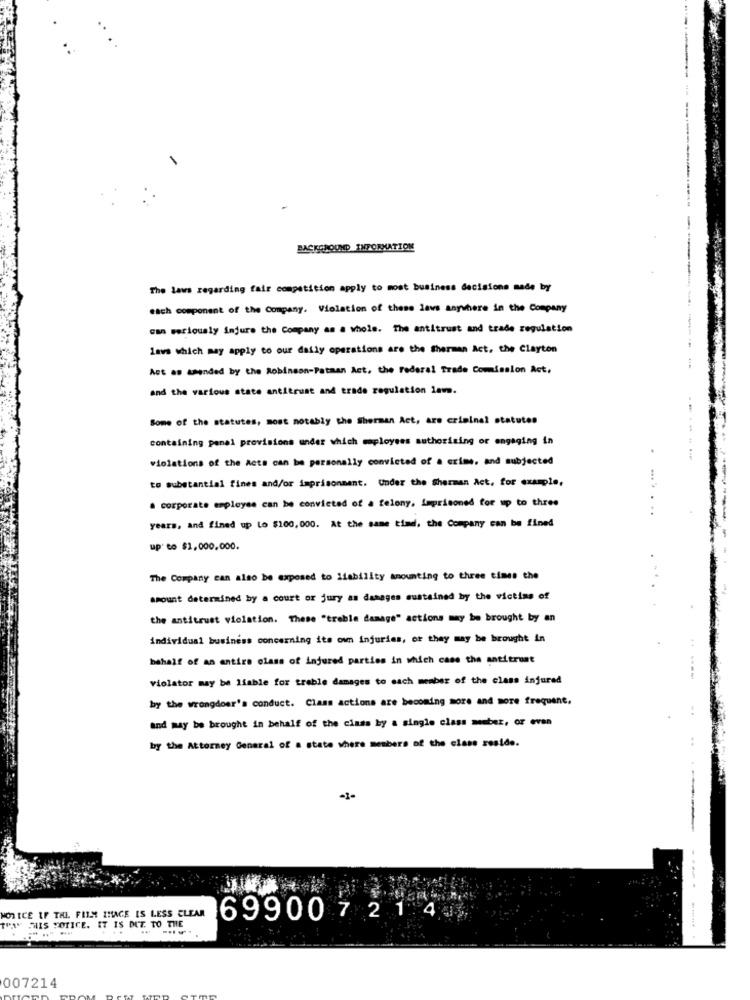
----------
BACKGROUND INFORMATION
The laws regarding fair competition apply to most business decisions made by
----
each component of the Company. Violation of these levs anywhere in the Company
can seriously injure the Company as a whole. The antitrust and trade regulation
lava which may apply to our daily operations are the Sherman Act, the Clayton
Act as amended by the Robinson-Pataan Act. the Federal Trade Comission Act,
and the various state antitrust and trade regulation lam.
Some of the statutes, most notably the Sherman Act, are criminal statutes
containing penal provisions under which mployses authorizing or engaging in
.
violations of the Acts can be personally convicted of a crime, and subjected
to substantial fines and/or imprisonment. Under the Sherman Act. for example,
. corporate employee can be convicted of a felony, imprisoned for up to three
years, and fined up Lo $100,000. At the same time, the Company can be fined
up to $1,000,000.
The Company can also be exposed to Ilability amounting to three times the
amount determined by a court or jury an damages sustained by the victims of
the antitrust violation. These "treble damage" actions may be brought by an
individual business concerning its own injuries, or they may be brought in
behalf of an antire class of injured parties in which case the antitrust
violator may be liable for trable damages to each member of the class injured
by the wrongdoer's conduct. Class actions are becoming more and more frequent,
and may be brought in behalf of the class by a single class mebez, or even
by the Attorney General of a state where members of the clase reside.
-1-
NOTICE IF THL FILM IMAGE IS LESS CLEAR
69900721 4
THAN MAIS POLICE. IT IS DUE TO THE
007214